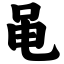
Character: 黾